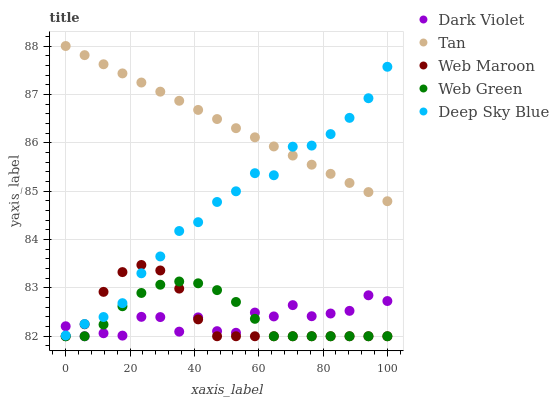
| xaxis_label | Dark Violet | Tan | Web Maroon | Web Green | Deep Sky Blue |
 | --- | --- | --- | --- | --- | --- |
 | 0 | 82.2 | 88 | 82 | 82 | 82 |
 | 5.88 | 82 | 87.8 | 82.2 | 82 | 82.3 |
 | 11.8 | 82.1 | 87.6 | 82.9 | 82.2 | 82.4 |
 | 17.6 | 82 | 87.4 | 83.3 | 82.6 | 82.7 |
 | 23.5 | 82.4 | 87.2 | 83.5 | 82.9 | 83.3 |
 | 29.4 | 82.4 | 87.1 | 83.4 | 83.1 | 83.6 |
 | 35.3 | 82.1 | 86.9 | 83 | 83.1 | 84.2 |
 | 41.2 | 82.4 | 86.7 | 82.3 | 83.1 | 84.4 |
 | 47.1 | 82.1 | 86.5 | 82 | 83 | 84.8 |
 | 52.9 | 82.1 | 86.3 | 82 | 82.7 | 85 |
 | 58.8 | 82.5 | 86.1 | 82 | 82.4 | 85.4 |
 | 64.7 | 82.4 | 85.9 | 82 | 82 | 85.3 |
 | 70.6 | 82.6 | 85.7 | 82 | 82 | 85.9 |
 | 76.5 | 82.4 | 85.5 | 82 | 82 | 85.9 |
 | 82.4 | 82.5 | 85.4 | 82 | 82 | 86.2 |
 | 88.2 | 82.5 | 85.2 | 82 | 82 | 86.5 |
 | 94.1 | 82.8 | 85 | 82 | 82 | 86.9 |
 | 100 | 82.7 | 84.8 | 82 | 82 | 87.6 |